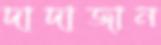
দাদাজান